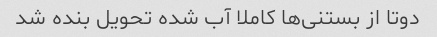
دوتا از بستنی‌ها کاملا آب شده تحویل بنده شد